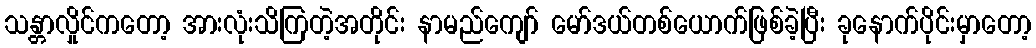
သန္တာလှိုင်ကတော့ အားလုံးသိကြတဲ့အတိုင်း နာမည်ကျော် မော်ဒယ်တစ်ယောက်ဖြစ်ခဲ့ပြီး ခုနောက်ပိုင်းမှာတော့